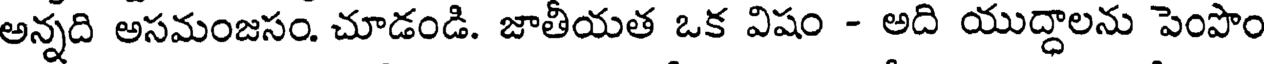
అన్నది అసమంజసం. చూడండి. జాతీయత ఒక విషం - అది యుద్ధాలను పెంపొం